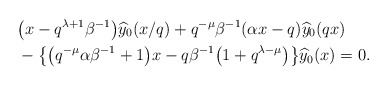
\begin{align*}&\big(x-q^{\lambda+1}\beta^{-1}\big)\widehat{y}_0(x/q) + q^{-\mu} \beta^{-1} (\alpha x-q )\widehat{y}_0(qx) \\&{}-\big\{ \big(q^{-\mu}\alpha\beta^{-1}+1\big)x- q\beta^{-1} \big(1 +q^{\lambda-\mu}\big)\big\} \widehat{y}_0(x)=0 . \end{align*}